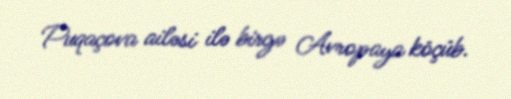
Puqaçova ailəsi ilə birgə Avropaya köçüb.